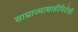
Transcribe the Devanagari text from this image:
साम्राज्याशाहीविरोधी